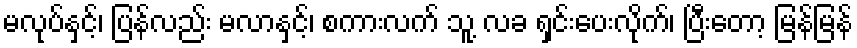
မလုပ်နှင့်၊ ပြန်လည်း မလာနှင့်၊ စကားလက် သူ့ လခ ရှင်းပေးလိုက်၊ ပြီးတော့ မြန်မြန်